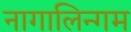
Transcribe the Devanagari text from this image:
नागालिन्गम